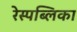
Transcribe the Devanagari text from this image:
रेस्पब्लिका